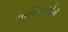
દારૂડિયાઓની